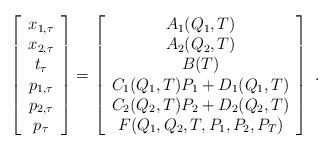
LaTeX: \begin{align*}\left[ \begin{array}{cc} x_{1,\tau}\\ x_{2,\tau}\\ t_\tau \\p_{1,\tau}\\ p_{2,\tau}\\ p_\tau \end{array}\right] = \left[ \begin{array}{cc} A_1(Q_1,T)\\ A_2(Q_2,T)\\B(T)\\C_1(Q_1,T)P_1 + D_1(Q_1,T)\\ C_2(Q_2,T)P_2 + D_2(Q_2,T)\\ F(Q_1,Q_2,T,P_1,P_2,P_T) \end{array} \right]\;.\end{align*}